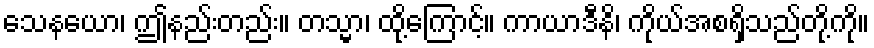
သေနယော၊ ဤနည်းတည်း။ တသ္မာ၊ ထို့ကြောင့်။ ကာယာဒီနိ၊ ကိုယ်အစရှိသည်တို့ကို။